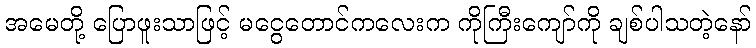
အမေတို့ ပြောဖူးသာဖြင့် မငွေတောင်ကလေးက ကိုကြီးကျော်ကို ချစ်ပါသတဲ့နော်